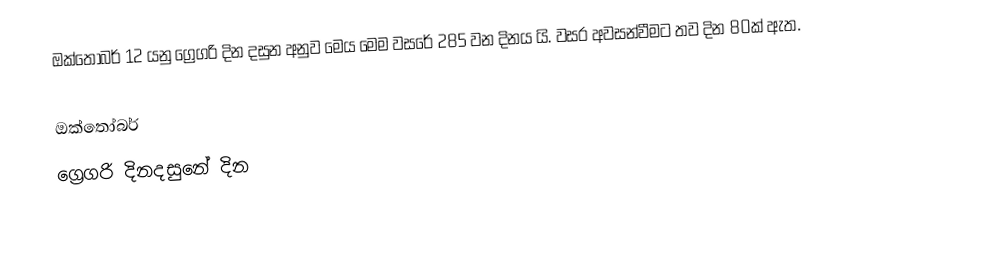
ඔක්තෝබර් 12 යනු ග්‍රෙගරි දින දසුන අනුව මෙය මෙම වසරේ 285 වන දිනය යි. වසර අවසන්වීමට තව දින 80ක් ඇත.

ඔක්තෝබර්
ග්‍රෙගරි දිනදසුනේ දින